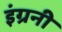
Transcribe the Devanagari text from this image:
इंग्रनी